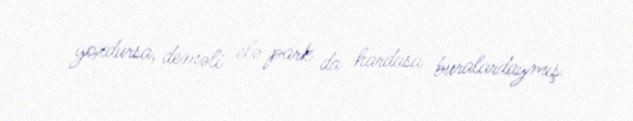
yoxdursa, deməli elə park da hardasa buralardaymış.